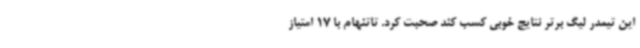
این تیمدر لیگ برتر نتایج خوبی کسب کند صحبت کرد. تاتنهام با 17 امتیاز